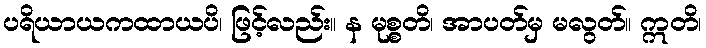
ပရိယာယကထာယပိ၊ ဖြင့်လည်း။ န မုစ္စတိ၊ အာပတ်မှ မလွတ်။ ဣတိ၊